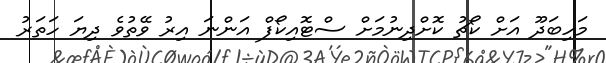
މަހިބަދޫ އަށް ކޯޗު ކޮށްދިނުމަށް ސްޓޮއިކޯފް އަންނަ އިރު ވޭތުވެ ދިޔަ ހަތަރު